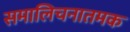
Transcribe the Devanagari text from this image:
समालिचनातमक